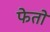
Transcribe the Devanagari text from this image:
फेतो